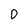
Character: 0